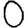
Digit: 0